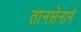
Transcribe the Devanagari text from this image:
तानसेनाने